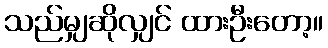
သည်မျှဆိုလျှင် ထားဦးတော့။